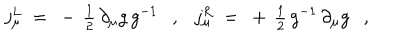
LaTeX: j _ { \mu } ^ { L } ~ = ~ - \, { \textstyle { \frac { 1 } { 2 } } } \, \partial _ { \mu } g \, g ^ { - 1 } , j _ { \mu } ^ { R } ~ = ~ + \, { \textstyle { \frac { 1 } { 2 } } } \, g ^ { - 1 } \, \partial _ { \mu } g ,